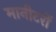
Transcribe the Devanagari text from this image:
मानीटरों